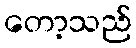
တော့သည်